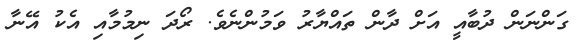
ގަންނަން ދުބާއީ އަށް ދާން ތައްޔާރު ވަމުންނެވެ. ރޯދަ ނިމުމާއި އެކު އޭނާ